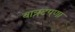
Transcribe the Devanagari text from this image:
वात्रटपणा